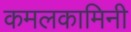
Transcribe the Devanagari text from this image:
कमलकामिनी